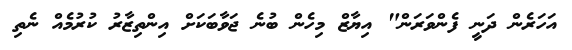
އަހަރެން ދަނީ ފެންވަރަން" އިޔާޒް މިހެން ބުނެ ޖަވާބަކަށް އިންތިޒާރު ކުރުމެއް ނެތި